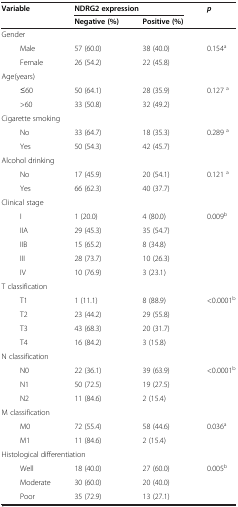
<table><thead><tr><td rowspan="2"><b>Variable</b></td><td colspan="2"><b>NDRG2 expression</b></td><td rowspan="2"><b><i>p</i></b></td></tr><tr><td><b>Negative (%)</b></td><td><b>Positive (%)</b></td></tr></thead><tbody><tr><td colspan="4">Gender</td></tr><tr><td>Male</td><td>57 (60.0)</td><td>38 (40.0)</td><td rowspan="2">0.154<sup>a</sup></td></tr><tr><td>Female</td><td>26 (54.2)</td><td>22 (45.8)</td></tr><tr><td colspan="4">Age(years)</td></tr><tr><td>≤60</td><td>50 (64.1)</td><td>28 (35.9)</td><td rowspan="2">0.127 <sup>a</sup></td></tr><tr><td>&gt;60</td><td>33 (50.8)</td><td>32 (49.2)</td></tr><tr><td colspan="4">Cigarette smoking</td></tr><tr><td>No</td><td>33 (64.7)</td><td>18 (35.3)</td><td rowspan="2">0.289 <sup>a</sup></td></tr><tr><td>Yes</td><td>50 (54.3)</td><td>42 (45.7)</td></tr><tr><td colspan="4">Alcohol drinking</td></tr><tr><td>No</td><td>17 (45.9)</td><td>20 (54.1)</td><td rowspan="2">0.121 <sup>a</sup></td></tr><tr><td>Yes</td><td>66 (62.3)</td><td>40 (37.7)</td></tr><tr><td colspan="4">Clinical stage</td></tr><tr><td>I</td><td>1 (20.0)</td><td>4 (80.0)</td><td rowspan="5">0.009<sup>b</sup></td></tr><tr><td>IIA</td><td>29 (45.3)</td><td>35 (54.7)</td></tr><tr><td>IIB</td><td>15 (65.2)</td><td>8 (34.8)</td></tr><tr><td>III</td><td>28 (73.7)</td><td>10 (26.3)</td></tr><tr><td>IV</td><td>10 (76.9)</td><td>3 (23.1)</td></tr><tr><td colspan="4">T classification</td></tr><tr><td>T1</td><td>1 (11.1)</td><td>8 (88.9)</td><td rowspan="4">&lt;0.0001<sup>b</sup></td></tr><tr><td>T2</td><td>23 (44.2)</td><td>29 (55.8)</td></tr><tr><td>T3</td><td>43 (68.3)</td><td>20 (31.7)</td></tr><tr><td>T4</td><td>16 (84.2)</td><td>3 (15.8)</td></tr><tr><td colspan="4">N classification</td></tr><tr><td>N0</td><td>22 (36.1)</td><td>39 (63.9)</td><td rowspan="3">&lt;0.0001<sup>b</sup></td></tr><tr><td>N1</td><td>50 (72.5)</td><td>19 (27.5)</td></tr><tr><td>N2</td><td>11 (84.6)</td><td>2 (15.4)</td></tr><tr><td colspan="4">M classification</td></tr><tr><td>M0</td><td>72 (55.4)</td><td>58 (44.6)</td><td rowspan="2">0.036<sup>a</sup></td></tr><tr><td>M1</td><td>11 (84.6)</td><td>2 (15.4)</td></tr><tr><td colspan="4">Histological differentiation</td></tr><tr><td>Well</td><td>18 (40.0)</td><td>27 (60.0)</td><td rowspan="3">0.005<sup>b</sup></td></tr><tr><td>Moderate</td><td>30 (60.0)</td><td>20 (40.0)</td></tr><tr><td>Poor</td><td>35 (72.9)</td><td>13 (27.1)</td></tr></tbody></table>